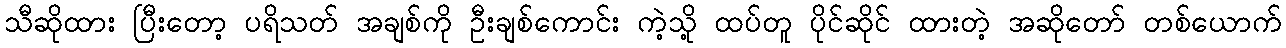
သီဆိုထား ပြီးတော့ ပရိသတ် အချစ်ကို ဦးချစ်ကောင်း ကဲ့သို့ ထပ်တူ ပိုင်ဆိုင် ထားတဲ့ အဆိုတော် တစ်ယောက်